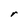
Character: r